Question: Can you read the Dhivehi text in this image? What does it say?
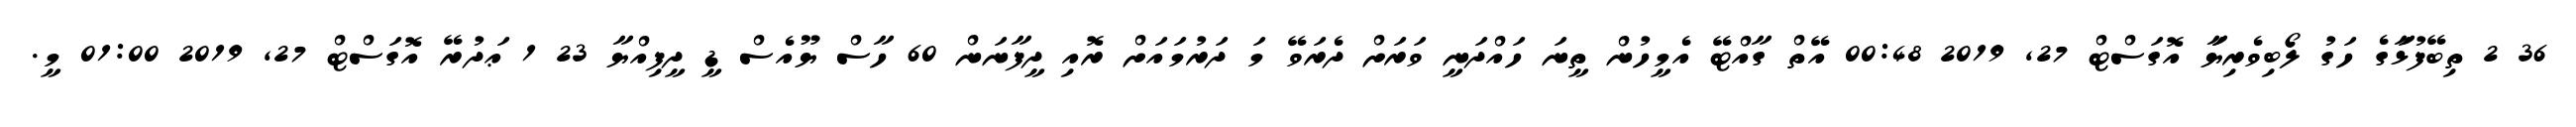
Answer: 36 2 ތިބޭފުޅަާގެ ހަގު ލޯބިވެރިޔަަާ އޮގަސްޓް 27, 2019 00:48 އޭތް ގާއްޓޭ އެމީހުން ތީނަ ހައްދަނީ ވަރަށް ދެރަވޭ މަ ދަރުމައަށް ރޮއި ދީފާނަން 60 ހާސް ޔޫއެސް ޑީ ދީފިއްޔާ 23 1 ޢަދުރޭ އޮގަސްޓް 27, 2019 01:00 މީ.